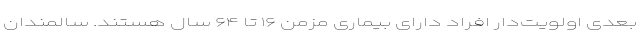
بعدی اولویت‌دار افراد دارای بیماری مزمن ۱۶ تا ۶۴ سال هستند. سالمندان